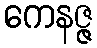
ကေနဇ္ဇ